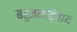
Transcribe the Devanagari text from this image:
बहुजनहिताय